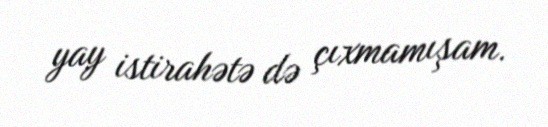
yay istirahətə də çıxmamışam.